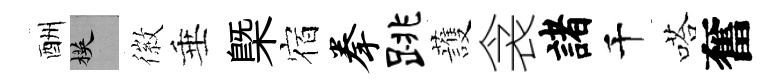
酬楧徽垂槩宿拳跳䕶衾諸千嗒奮